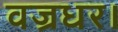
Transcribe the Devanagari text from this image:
वज्रधर।